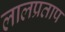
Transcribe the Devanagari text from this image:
लालप्रताप